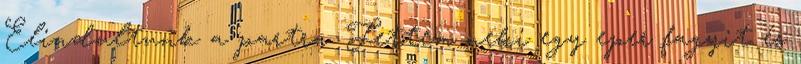
Elindultunk a partra. Fettem neki egy eper fagyit és